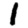
Digit: 1